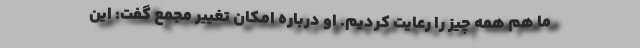
ما هم همه چیز را رعایت کردیم. او درباره امکان تغییر مجمع گفت: این